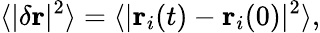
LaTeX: \langle|\delta\mathbf{r}|^{2}\rangle=\langle|{\mathbf{r}}_{i}(t)-\mathbf{r}_{i}(0)|^{2}\rangle,